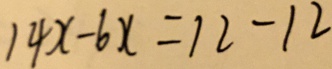
1 4 x - 6 x = 1 2 - 1 2